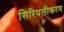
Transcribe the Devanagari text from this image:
सिरियलीकरण